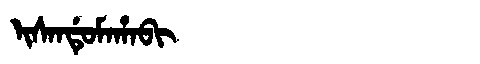
Manchu: ᡳᠰᠠᠨᡩᡠᠮᠠᡥᠠᠪᡳ
Romanization: ISANDUMAHABI